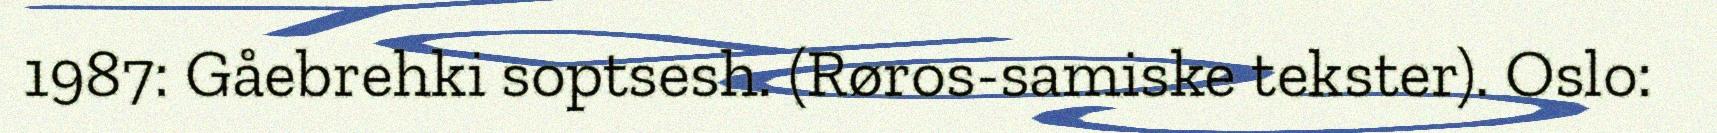
1987: Gåebrehki soptsesh. (Røros-samiske tekster). Oslo: